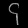
Digit: ၄